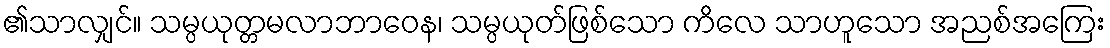
၏သာလျှင်။ သမ္ပယုတ္တမလာဘာဝေန၊ သမ္ပယုတ်ဖြစ်သော ကိလေ သာဟူသော အညစ်အကြေး